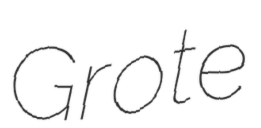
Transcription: Grote